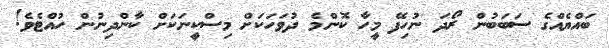
ބައްޔެއްގެ ސަބަބުން ރޯދަ ނުހިފޭ މީހާ ކޮންމެ ދުވަހަކަށް މިސްކީނަކަށް ކާންދިނުން ހުއްޓެވެ!